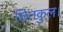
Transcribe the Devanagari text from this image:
छितकुल।